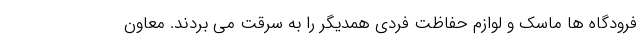
فرودگاه ها ماسک و لوازم حفاظت فردی همدیگر را به سرقت می بردند. معاون